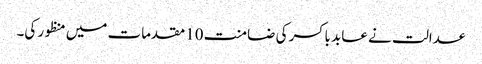
عدالت نے عابد باکسر کی ضامنت 10مقدمات میں منظور کی۔